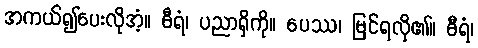
အကယ်၍ပေးလိုအံ့။ ဓီရံ၊ ပညာရှိကို။ ပေဿ၊ မြင်ရလို၏။ ဓီရံ၊